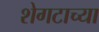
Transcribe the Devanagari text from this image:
शेगटाच्या